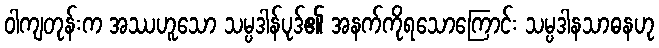
ဝါကျတုန်းက အဿဟူသော သမ္ပဒါန်ပုဒ်၏ အနက်ကိုရသောကြောင်း သမ္ပဒါနသာဓနဟု